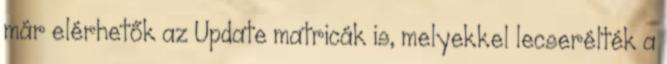
már elérhetők az Update matricák is, melyekkel lecserélték a